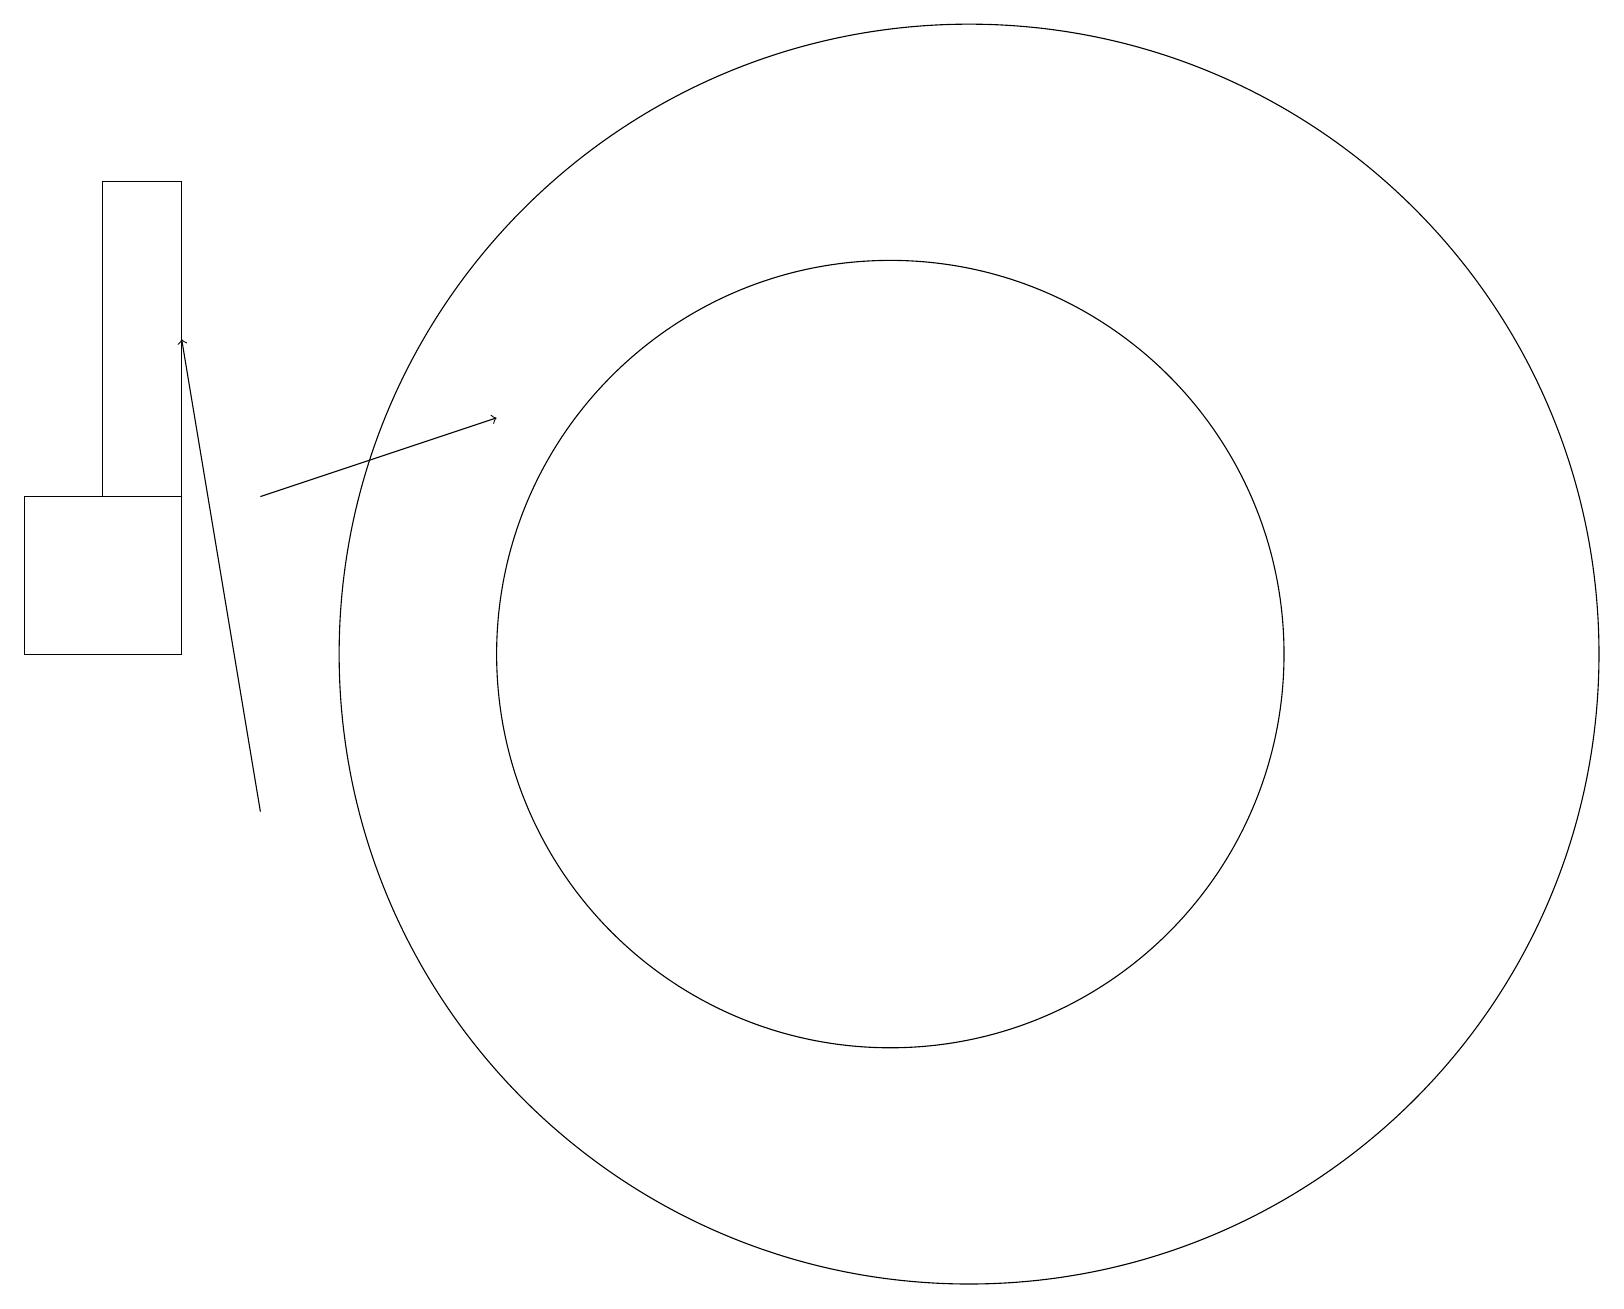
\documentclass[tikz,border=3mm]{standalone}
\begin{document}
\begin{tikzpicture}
\draw (11,12) circle (5);
\draw[->] (3,14) -- (6,15);
\draw[->] (3,10) -- (2,16);
\draw (2,14) rectangle (0,12);
\draw (2,14) rectangle (1,18);
\draw (12,12) circle (8);
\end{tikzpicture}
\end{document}